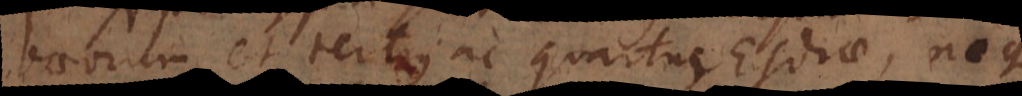
baeorum et tertius ac quartus Esdrae, neque